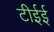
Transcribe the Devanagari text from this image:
टीईई